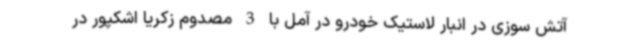
آتش سوزی در انبار لاستیک خودرو در آمل با 3 مصدوم زکریا اشکپور در